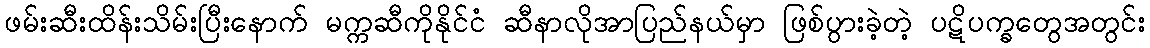
ဖမ်းဆီးထိန်းသိမ်းပြီးနောက် မက္ကဆီကိုနိုင်ငံ ဆီနာလိုအာပြည်နယ်မှာ ဖြစ်ပွားခဲ့တဲ့ ပဋိပက္ခတွေအတွင်း